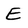
Character: E